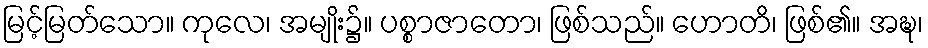
မြင့်မြတ်သော။ ကုလေ၊ အမျိုး၌။ ပစ္စာဇာတော၊ ဖြစ်သည်။ ဟောတိ၊ ဖြစ်၏။ အဍ္ဎ၊